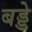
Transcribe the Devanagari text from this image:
बड्डे